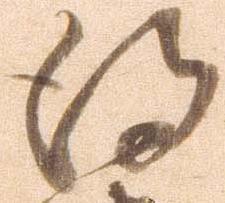
得